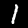
Label: 1